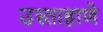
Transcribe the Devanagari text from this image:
उस्ताहाणे